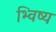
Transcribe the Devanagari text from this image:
भ्विष्य